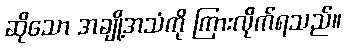
ဆိုသော အချို့အသံကို ကြားလိုက်ရသည်။